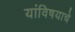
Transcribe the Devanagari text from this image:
यांविषयाचे